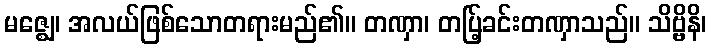
မဇ္ဈေ၊ အလယ်ဖြစ်သောတရားမည်၏။ တဏှာ၊ တပ်ြ့ခင်းတဏှာသည်။ သိဗ္ဗိနိ၊